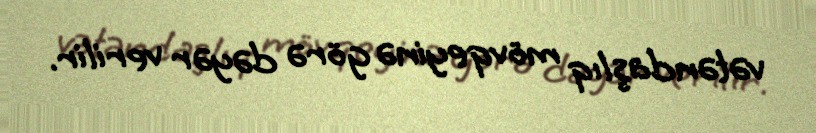
vətəndaşlıq mövqeyinə görə dəyər verilir.